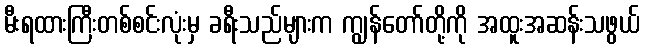
မီးရထားကြီးတစ်စင်းလုံးမှ ခရီးသည်များက ကျွန်တော်တို့ကို အထူးအဆန်းသဖွယ်